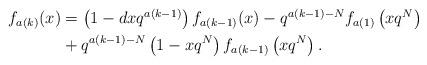
LaTeX: \begin{align*}\begin{aligned}f_{a(k)}(x) &= \left(1-dxq^{a(k-1)}\right) f_{a(k-1)}(x) - q^{a(k-1)-N} f_{a(1)}\left(xq^N\right)\\&+ q^{a(k-1)-N}\left(1-xq^N\right) f_{a(k-1)}\left(xq^N\right).\end{aligned}\end{align*}